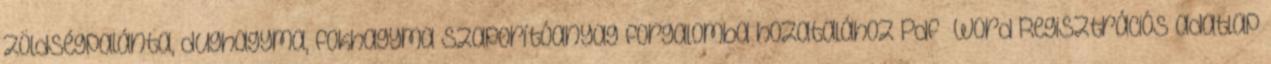
zöldségpalánta, dughagyma, fokhagyma szaporítóanyag forgalomba hozatalához Pdf Word Regisztrációs adatlap